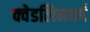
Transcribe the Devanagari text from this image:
क्वेडलिनबर्ग